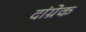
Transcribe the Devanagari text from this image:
दांग्रेक